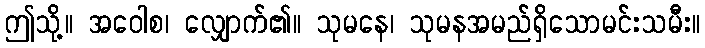
ဤသို့။ အဝေါစ၊ လျှောက်၏။ သုမနေ၊ သုမနအမည်ရှိသောမင်းသမီး။